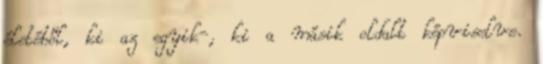
életéből, ki az egyik-, ki a másik oldalt képviselve.